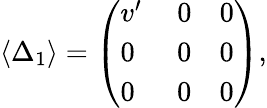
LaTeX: \langle\Delta_{1}\rangle=\left(\begin{array}{c}{{v^{\prime}\quad\ 0\quad 0}}\\ {{0\ \quad\ 0\quad 0}}\\ {{0\ \quad\ 0\quad 0}}\end{array}\right),